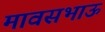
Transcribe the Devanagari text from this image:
मावसभाऊ